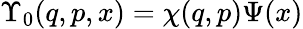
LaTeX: \Upsilon_{0}(q,p,x)=\chi(q,p)\Psi(x)